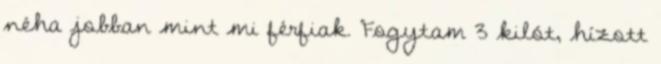
néha jobban mint mi férfiak. Fogytam 3 kilót, hízott